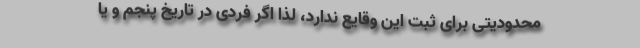
محدودیتی برای ثبت این وقایع ندارد، لذا اگر فردی در تاریخ پنجم و یا